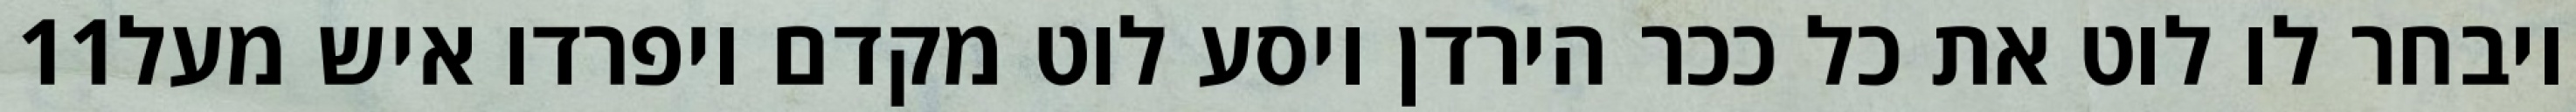
‎11‏ ויבחר לו לוט את כל ככר הירדן ויסע לוט מקדם ויפרדו איש מעל